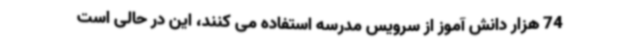
74 هزار دانش آموز از سرویس مدرسه استفاده می کنند، این در حالی است